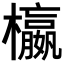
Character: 𣟅